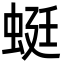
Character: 蜓